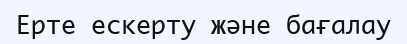
Ерте ескерту және бағалау